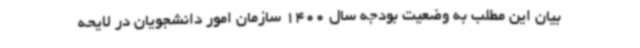
بیان این مطلب به وضعیت بودجه سال 1400 سازمان امور دانشجویان در لایحه